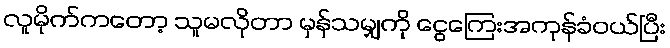
လူမိုက်ကတော့ သူမလိုတာ မှန်သမျှကို ငွေကြေးအကုန်ခံဝယ်ပြီး